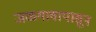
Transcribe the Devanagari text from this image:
जळगावापासून